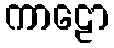
ကာဠော